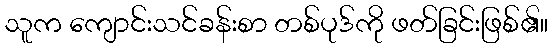
သူက ကျောင်းသင်ခန်းစာ တစ်ပုဒ်ကို ဖတ်ခြင်းဖြစ်၏။